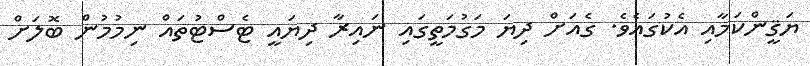
ޔަޤީންކަމާއި އެކުގައެވެ. ގެއަށް ދިޔަ މަގުމަތީގައި ނައިރާ ދިޔައީ ޓެސްޓުތައް ނިމުމުން ބޮލަށް